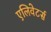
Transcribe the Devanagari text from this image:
एलिवेटर्स